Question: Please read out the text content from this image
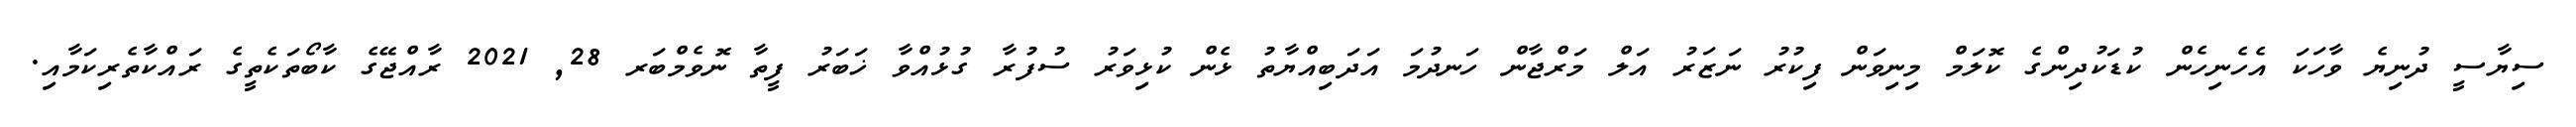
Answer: ސިޔާސީ ދުނިޔެ ވާހަކަ އެހެނިހެން ކުޑަކުދިންގެ ކޮލަމް މިނިވަން ފިކުރު ނަޒަރު އަލް މަރްޖާން ހަނދުމަ އަދަބިއްޔާތު ޅެން ކުޅިވަރު ސުފުރާ ގުޅުއްވާ ޚަބަރު ފީތާ ނޮވެމްބަރ 28, 2021 ރާއްޖޭގެ ކާބޯތަކެތީގެ ރައްކާތެރިކަމާއި.